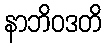
နာဘိဝဒတိ